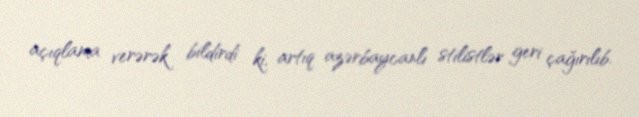
açıqlama verərək bildirdi ki, artıq azərbaycanlı stilistlər geri çağırılıb.